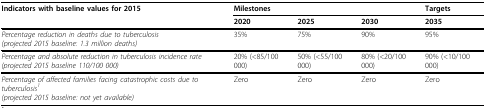
<table><thead><tr><td><b>Indicators with baseline values for 2015</b></td><td colspan="3"><b>Milestones</b></td><td><b>Targets</b></td></tr><tr><td></td><td><b>2020</b></td><td><b>2025</b></td><td><b>2030</b></td><td><b>2035</b></td></tr></thead><tbody><tr><td><i>Percentage reduction in deaths due to tuberculosis</i><i>(projected 2015 baseline: 1.3 million deaths)</i></td><td>35%</td><td>75%</td><td>90%</td><td>95%</td></tr><tr><td><i>Percentage and absolute reduction in tuberculosis incidence rate</i><i>(projected 2015 baseline 110/100 000)</i></td><td>20% (&lt;85/100 000)</td><td>50% (&lt;55/100 000)</td><td>80% (&lt;20/100 000)</td><td>90% (&lt;10/100 000)</td></tr><tr><td><i>Percentage of affected families facing catastrophic costs due to tuberculosis<sup>1</sup></i><i>(projected 2015 baseline: not yet available)</i></td><td>Zero</td><td>Zero</td><td>Zero</td><td>Zero</td></tr></tbody></table>